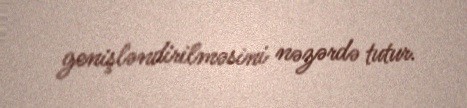
genişləndirilməsini nəzərdə tutur.